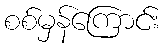
စစ်မှန်ကြောင်း